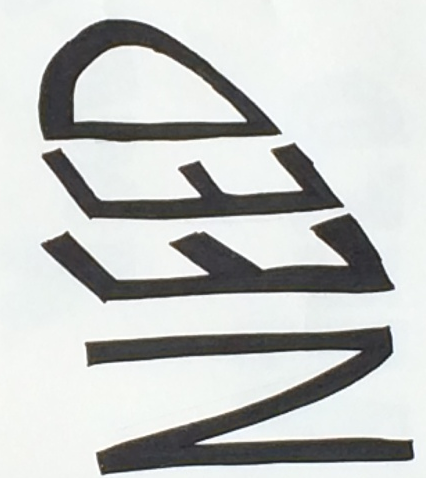
NEED